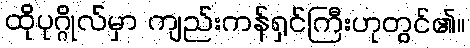
ထိုပုဂ္ဂိုလ်မှာ ကျည်းကန်ရှင်ကြီးဟုတွင်၏။